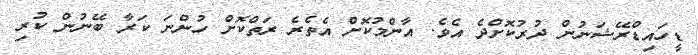
ޑީހައިޑްރޭޝަނުން ދުރުކޮށްދެ އެވެ. އާންމުކޮށް އެތެރެ ރަތްކޮށް ހުންނަ ކަރާ ބޭނުން ކުރި